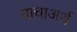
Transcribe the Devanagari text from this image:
याचाअर्थ